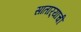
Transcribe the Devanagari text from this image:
सातार्‍याची